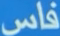
فاس